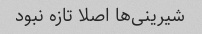
شیرینی‌ها اصلا تازه نبود